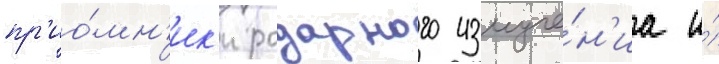
пр'ио́мн'ик'и радарного излуче́н'иа и́